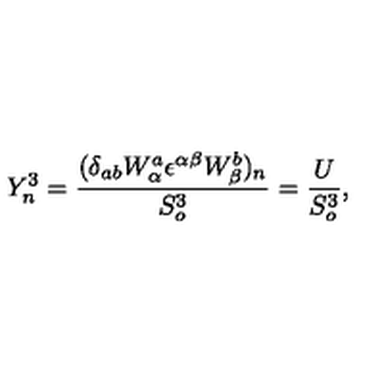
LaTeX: Y _ { n } ^ { 3 } = \frac { ( \delta _ { a b } W _ { \alpha } ^ { a } { \epsilon } ^ { \alpha \beta } W _ { \beta } ^ { b } ) _ { n } } { S _ { o } ^ { 3 } } = \frac { U } { S _ { o } ^ { 3 } } ,